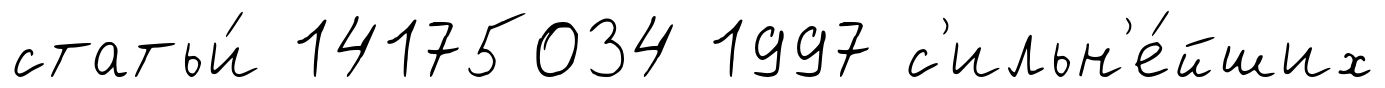
статьи́ 14175034 1997 с'ильн'е́йших